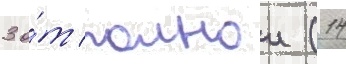
3 о́т полнои (14